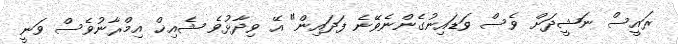
ރައީސް ނަޝީދަށް ވެސް ވަޑައިނުގެންނެވޭނެ ފަދައިން" އޭ ވިދާޅުވެ ޝެއިޚް އިމްރާނުވެސް ވަނީ